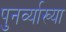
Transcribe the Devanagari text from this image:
पुनर्व्‍याख्‍या